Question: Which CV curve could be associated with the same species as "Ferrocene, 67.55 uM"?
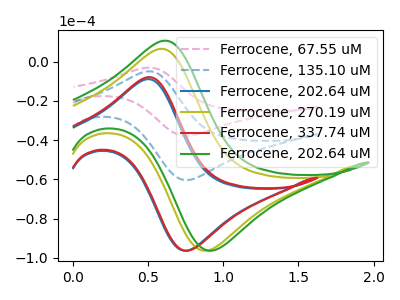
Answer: <think>The pink dashed curve "Ferrocene, 67.55 uM" has an anodic peak at (0.50V, -10.00uA) and a cathodic peak at (0.75V, -120.65uA). The blue dashed curve "Ferrocene, 135.10 uM" has an anodic peak at (0.50V, -5.00uA) and a cathodic peak at (0.75V, -60.35uA). The blue curve "Ferrocene, 202.64 uM" has an anodic peak at (0.50V, -9.00uA) and a cathodic peak at (0.75V, -96.25uA). The olive curve "Ferrocene, 270.19 uM" has an anodic peak at (0.60V, 6.45uA) and a cathodic peak at (0.90V, -96.25uA). The red curve "Ferrocene, 337.74 uM" has an anodic peak at (0.50V, -7.95uA) and a cathodic peak at (0.75V, -96.25uA). The green curve "Ferrocene, 202.64 uM" has an anodic peak at (0.60V, 10.60uA) and a cathodic peak at (0.95V, -96.25uA).
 All the peaks in "Ferrocene, 67.55 uM" have a peak in "Ferrocene, 135.10 uM" at the same potential. All the peaks in "Ferrocene, 67.55 uM" have a peak in "Ferrocene, 202.64 uM" at the same potential. "Ferrocene, 67.55 uM" and "Ferrocene, 270.19 uM" have at least one peak that do not match. All the peaks in "Ferrocene, 67.55 uM" have a peak in "Ferrocene, 337.74 uM" at the same potential. "Ferrocene, 67.55 uM" and "Ferrocene, 202.64 uM" have at least one peak that do not match. All the peaks in "Ferrocene, 135.10 uM" have a peak in "Ferrocene, 202.64 uM" at the same potential. "Ferrocene, 135.10 uM" and "Ferrocene, 270.19 uM" have at least one peak that do not match. All the peaks in "Ferrocene, 135.10 uM" have a peak in "Ferrocene, 337.74 uM" at the same potential. "Ferrocene, 135.10 uM" and "Ferrocene, 202.64 uM" have at least one peak that do not match. "Ferrocene, 202.64 uM" and "Ferrocene, 270.19 uM" have at least one peak that do not match. All the peaks in "Ferrocene, 202.64 uM" have a peak in "Ferrocene, 337.74 uM" at the same potential. "Ferrocene, 202.64 uM" and "Ferrocene, 202.64 uM" have at least one peak that do not match. "Ferrocene, 270.19 uM" and "Ferrocene, 337.74 uM" have at least one peak that do not match. All the peaks in "Ferrocene, 270.19 uM" have a peak in "Ferrocene, 202.64 uM" at the same potential. "Ferrocene, 337.74 uM" and "Ferrocene, 202.64 uM" have at least one peak that do not match.</think>
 <answer>"Ferrocene, 67.55 uM", "Ferrocene, 135.10 uM" and "Ferrocene, 202.64 uM" have a similar shape to "Ferrocene, 337.74 uM".</answer>
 <eval>"Ferrocene, 67.55 uM" "Ferrocene, 135.10 uM" "Ferrocene, 202.64 uM"</eval>